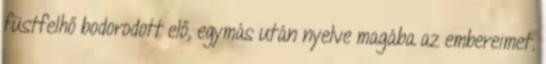
füstfelhő bodorodott elő, egymás után nyelve magába az embereimet.